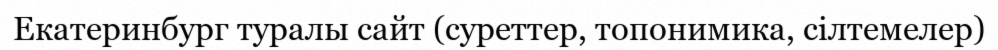
Екатеринбург туралы сайт (суреттер, топонимика, сілтемелер)